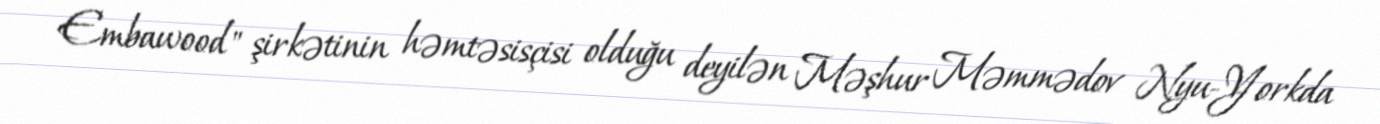
Embawood" şirkətinin həmtəsisçisi olduğu deyilən Məşhur Məmmədov Nyu-Yorkda